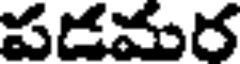
పడమర